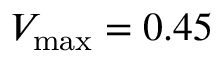
V _ { \mathrm { m a x } } = 0 . 4 5